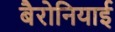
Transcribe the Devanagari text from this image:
बैरोनियाई